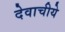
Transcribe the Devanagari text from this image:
देवाचीये